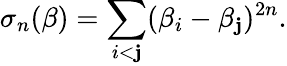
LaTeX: \sigma_{n}(\beta)=\sum_{i<\mathbf{j}}(\beta_{i}-\beta_{\mathbf{j}})^{2n}.